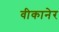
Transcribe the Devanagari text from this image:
वीकानेर